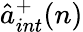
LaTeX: {\hat{a}}_{int}^{+}(n)